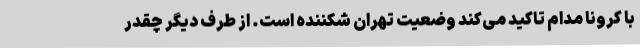
با کرونا مدام تاکید می‌کند وضعیت تهران شکننده است. از طرف دیگر چقدر